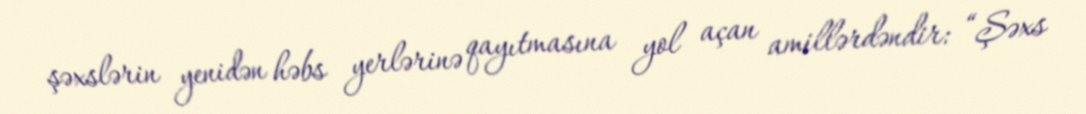
şəxslərin yenidən həbs yerlərinə qayıtmasına yol açan amillərdəndir: “Şəxs